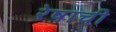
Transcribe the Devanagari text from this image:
रेषाची